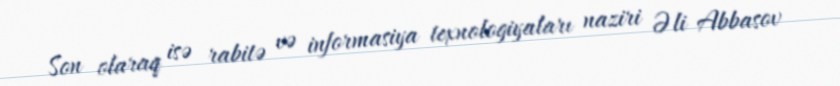
Son olaraq isə rabitə və informasiya texnologiyaları naziri Əli Abbasov